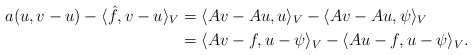
\begin{align*}a(u,v-u)- \langle \hat{f},v-u\rangle_V&= \langle Av - Au, u \rangle_V - \langle Av - Au, \psi \rangle_V\\&= \langle Av-f,u-\psi\rangle_V-\langle Au-f,u-\psi \rangle_V.\end{align*}